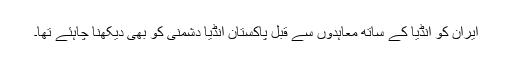
ایران کو انڈیا کے ساتھ معاہدوں سے قبل پاکستان انڈیا دشمنی کو بھی دیکھنا چاہئے تھا۔